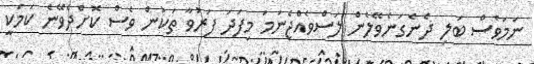
ނަމަވެސް ބަލި ދެނެގަނެވޭލެން ލަސްވެއްޖެނަމަ މިފަދަ ފަރުވާ ތަކުން ވެސް ކޮށްދެވޭނެ ކަމަކީ